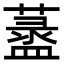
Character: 𦾞